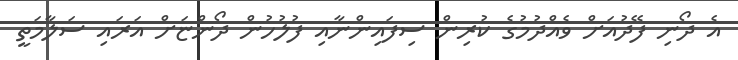
އެ ދޯނި ފޭދުއަށް ވެއްދުމުގެ ކުރިން ސިފައިންނާއި ފުލުހުން ދޯންޏަށް އަރައި ސަލާމަތީ